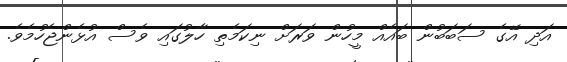
އަދި އޭގެ ސަބަބުން ބައެއް މީހުން ވަރަށް ނިކަމެތި ހާލުގައި ވެސް އުޅެންޖެހުމެވެ.